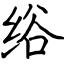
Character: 绤